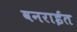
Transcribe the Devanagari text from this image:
वनराईत